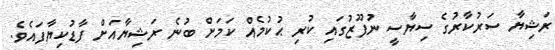
ރަޝިޔާ ސަރުކާރުގެ ސިޔާސީ ނުފޫޒުގައި ކުރި ޙުކުމެއް ކަމަށް ބުނެ ރަޝިޔާއަށް ފާޑުކިޔާފައެވެ.